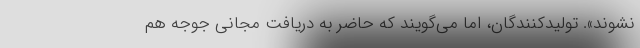
نشوند». تولیدکنندگان، اما می‌گویند که حاضر به دریافت مجانی جوجه هم